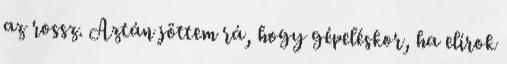
az rossz. Aztán jöttem rá, hogy gépeléskor, ha elírok